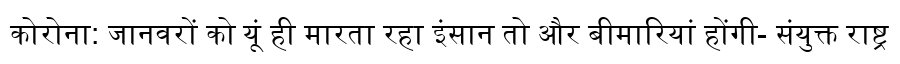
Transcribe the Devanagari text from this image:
कोरोना: जानवरों को यूं ही मारता रहा इंसान तो और बीमारियां होंगी- संयुक्त राष्ट्र